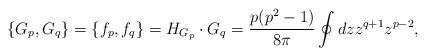
LaTeX: \begin{align*}\{G_p, G_q\}=\{f_p , f_q\} = H_{G_p}\cdot G_q ={p (p^2 -1)\over 8\pi}\oint dz z^{q+1}z^{p-2},\end{align*}